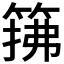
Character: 𫂅